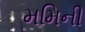
મમિની